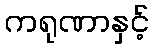
ကရုဏာနှင့်